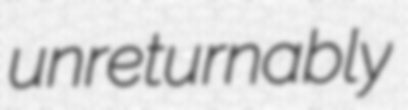
unreturnably